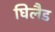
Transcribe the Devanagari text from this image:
घिलैड